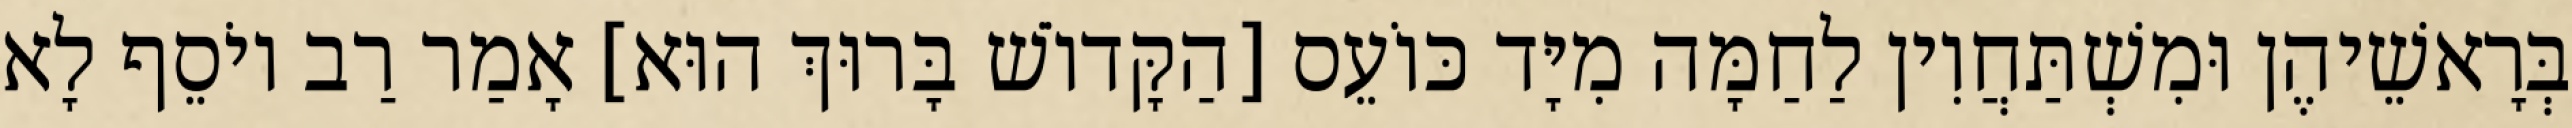
בְּרָאשֵׁיהֶן וּמִשְׁתַּחֲוִין לַחַמָּה מִיָּד כּוֹעֵס [הַקָּדוֹשׁ בָּרוּךְ הוּא] אָמַר רַב יוֹסֵף לָא